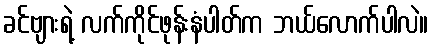
ခင်ဗျားရဲ့ လက်ကိုင်ဖုန်းနံပါတ်က ဘယ်လောက်ပါလဲ။